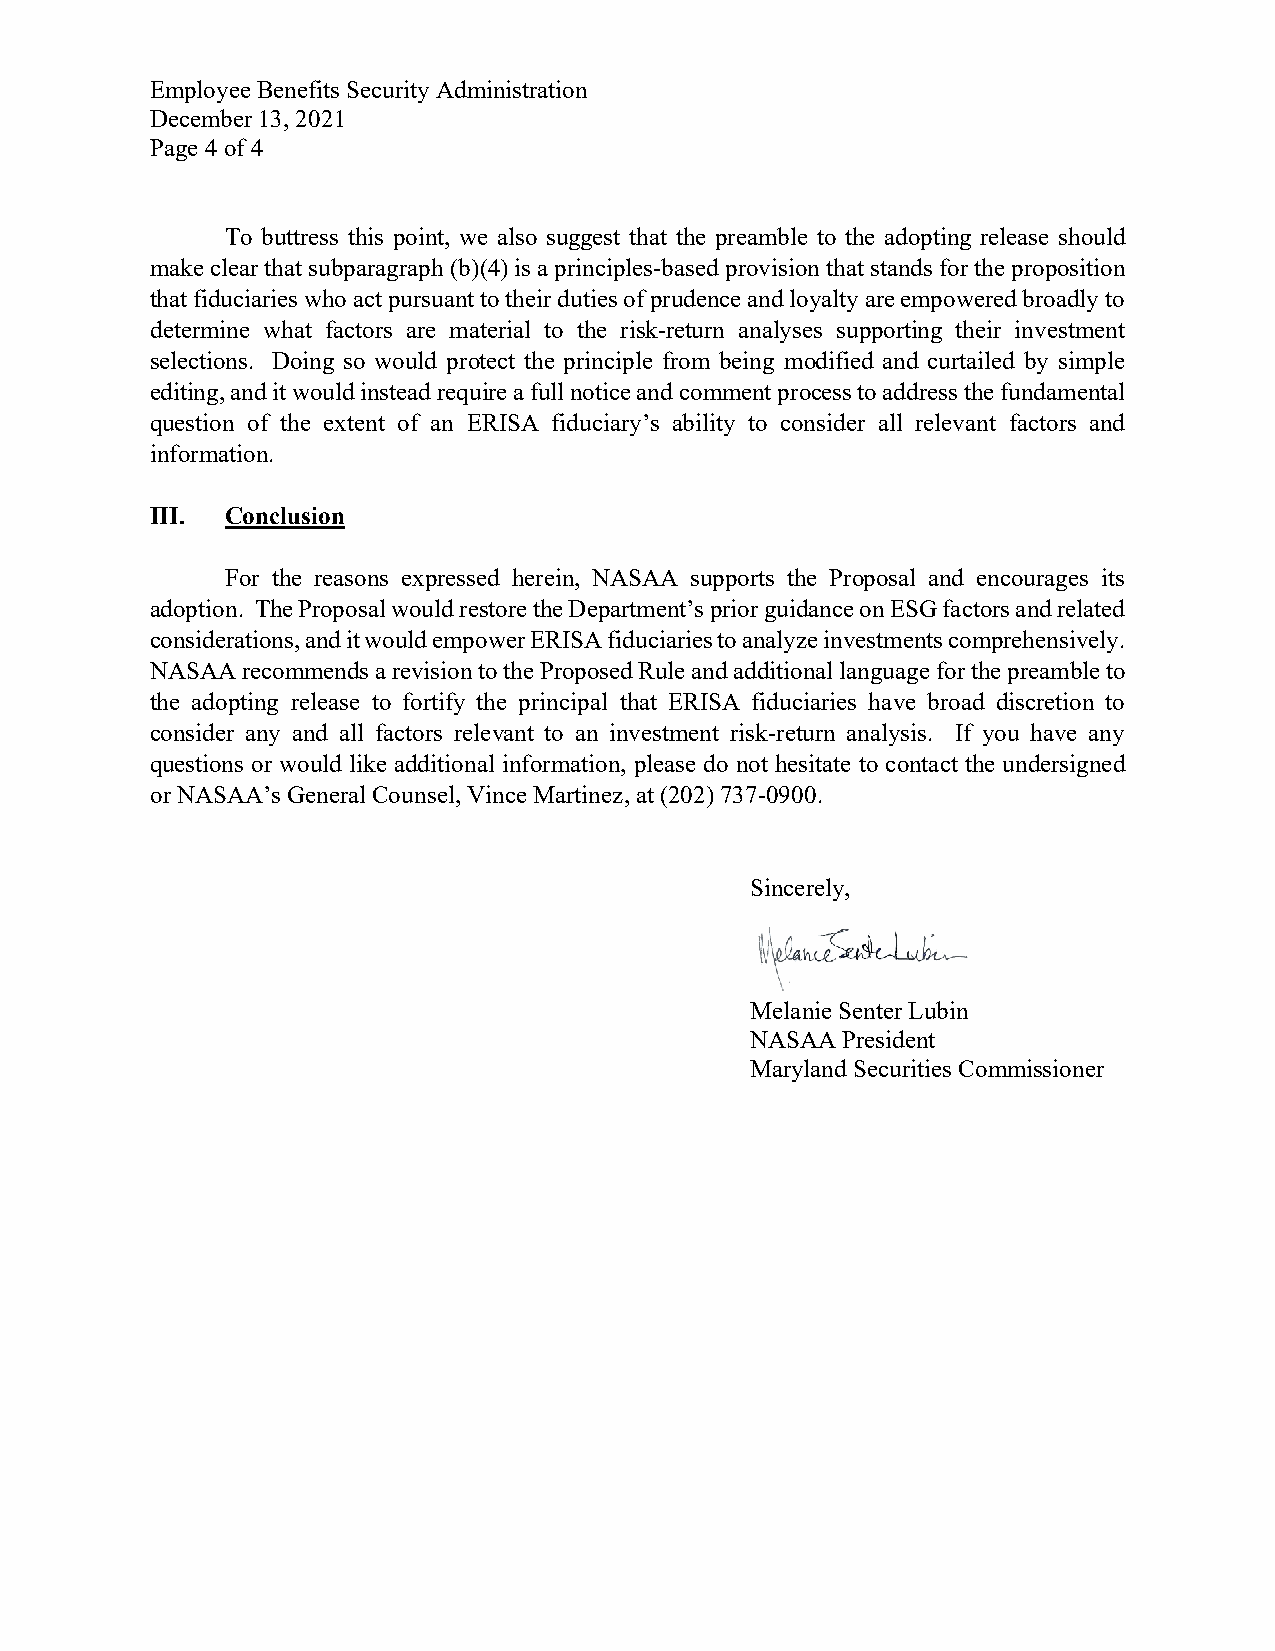
Employee Benefits Security Administration
 December 13, 2021
 Page 4 of 4
 To buttress this point, we also suggest that the preamble to the adopting release should
 make clear that subparagraph (b)(4) is a principles-based provision that stands for the proposition
 that fiduciaries who act pursuant to their duties of prudence and loyalty are empowered broadly to
 determine what factors are material to the risk-return analyses supporting their investment
 selections. Doing so would protect the principle from being modified and curtailed by simple
 editing, and it would instead require a full notice and comment process to address the fundamental
 question of the extent of an ERISA fiduciary’s ability to consider all relevant factors and
 information.
 III. Conclusion
 For the reasons expressed herein, NASAA supports the Proposal and encourages its
 adoption. The Proposal would restore the Department’s prior guidance on ESG factors and related
 considerations, and it would empower ERISA fiduciaries to analyze investments comprehensively.
 NASAA recommends a revision to the Proposed Rule and additional language for the preamble to
 the adopting release to fortify the principal that ERISA fiduciaries have broad discretion to
 consider any and all factors relevant to an investment risk-return analysis. If you have any
 questions or would like additional information, please do not hesitate to contact the undersigned
 or NASAA’s General Counsel, Vince Martinez, at (202) 737-0900.
 Sincerely,
 Melanie Senter Lubin
 NASAA President
 Maryland Securities Commissioner